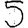
Digit: 5